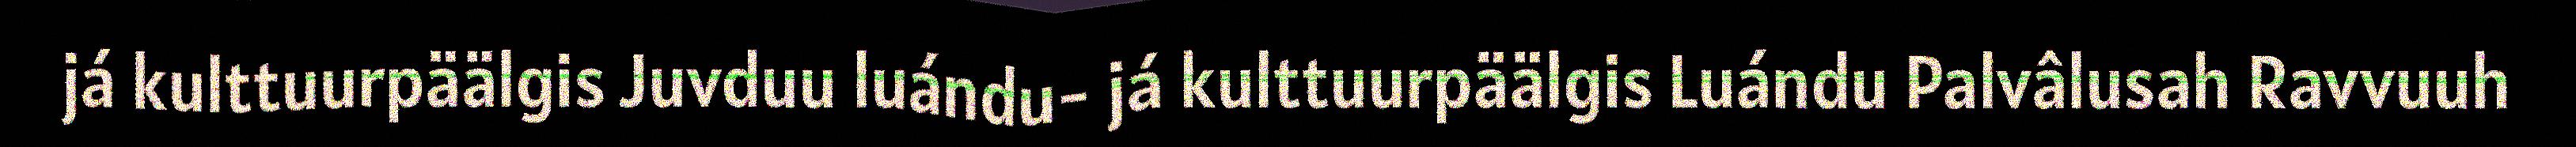
já kulttuurpäälgis Juvduu luándu- já kulttuurpäälgis Luándu Palvâlusah Ravvuuh